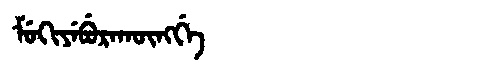
Manchu: ᠮᡠᡴᡳᠶᡝᠪᡠᡵᠠᡴᡡᠩᡤᡝ
Romanization: MUKIYEBURAKŪNGGE